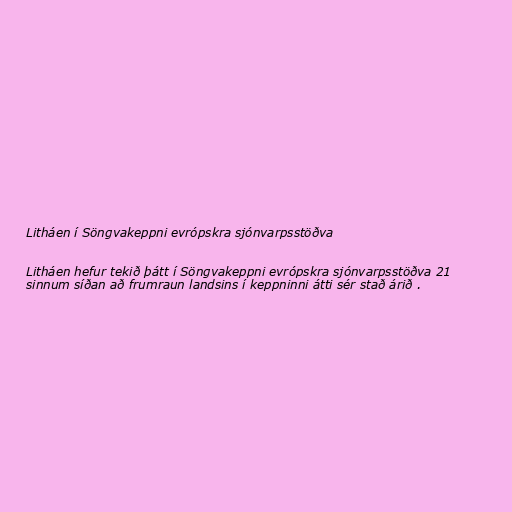
Litháen í Söngvakeppni evrópskra sjónvarpsstöðva

Litháen hefur tekið þátt í Söngvakeppni evrópskra sjónvarpsstöðva 21
sinnum síðan að frumraun landsins í keppninni átti sér stað árið .